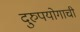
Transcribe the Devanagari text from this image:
दुरुपयोगाची